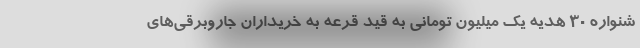
شنواره 30 هدیه یک میلیون تومانی به قید قرعه به خریداران جاروبرقی‌های